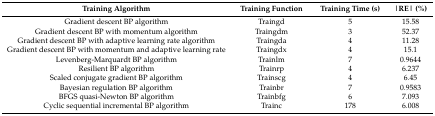
| Training Algorithm | Training Function | Training Time (s) | |RE| (%) |
 | --- | --- | --- | --- |
 | Gradient descent BP algorithm | Traingd | 5 | 15.58 |
 | Gradient descent BP with momentum algorithm | Traingdm | 3 | 52.37 |
 | Gradient descent BP with adaptive learning rate algorithm | Traingda | 4 | 11.28 |
 | Gradient descent BP with momentum and adaptive learning rate | Traingdx | 4 | 15.1 |
 | Levenberg-Marquardt BP algorithm | Trainlm | 7 | 0.9644 |
 | Resilient BP algorithm | Trainrp | 4 | 6.237 |
 | Scaled conjugate gradient BP algorithm | Trainscg | 4 | 6.45 |
 | Bayesian regulation BP algorithm | Trainbr | 7 | 0.9583 |
 | BFGS quasi-Newton BP algorithm | Trainbfg | 6 | 7.093 |
 | Cyclic sequential incremental BP algorithm | Trainc | 178 | 6.008 |